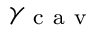
\gamma _ { \mathrm { ~ c ~ a ~ v ~ } }